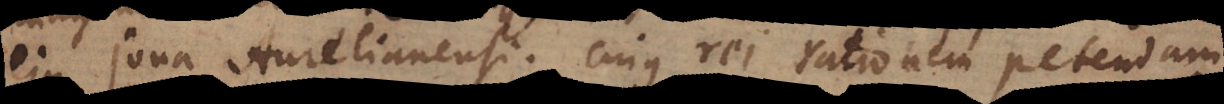
ejus Jona Aurelianensi. Cujus rei rationem petendam